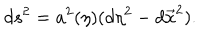
d s ^ { 2 } = a ^ { 2 } ( \eta ) ( d \eta ^ { 2 } - d \vec { x } ^ { 2 } ) .